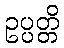
ဥပ္ပတ္တိ